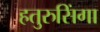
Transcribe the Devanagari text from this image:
हतुरुसिंगा